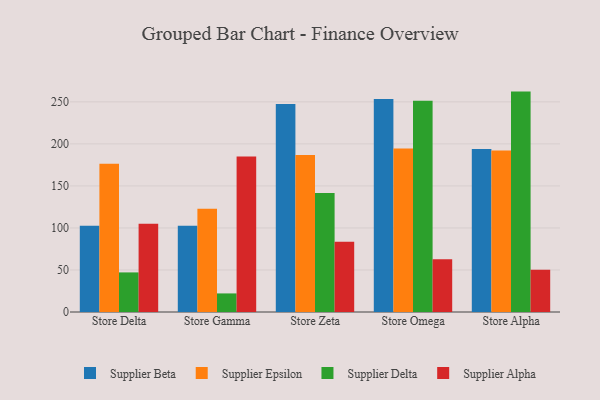
{"axis": {"x": "Store", "y": "Operating Costs (USD K)"}, "legend": ["Supplier Alpha", "Supplier Beta", "Supplier Delta", "Supplier Epsilon"], "data": [{"x": "Store Delta", "y": 102.7, "type": "Supplier Beta"}, {"x": "Store Delta", "y": 176.5, "type": "Supplier Epsilon"}, {"x": "Store Delta", "y": 47.1, "type": "Supplier Delta"}, {"x": "Store Delta", "y": 105.1, "type": "Supplier Alpha"}, {"x": "Store Gamma", "y": 102.5, "type": "Supplier Beta"}, {"x": "Store Gamma", "y": 122.8, "type": "Supplier Epsilon"}, {"x": "Store Gamma", "y": 22.1, "type": "Supplier Delta"}, {"x": "Store Gamma", "y": 185.0, "type": "Supplier Alpha"}, {"x": "Store Zeta", "y": 247.3, "type": "Supplier Beta"}, {"x": "Store Zeta", "y": 186.7, "type": "Supplier Epsilon"}, {"x": "Store Zeta", "y": 141.7, "type": "Supplier Delta"}, {"x": "Store Zeta", "y": 83.7, "type": "Supplier Alpha"}, {"x": "Store Omega", "y": 253.5, "type": "Supplier Beta"}, {"x": "Store Omega", "y": 194.4, "type": "Supplier Epsilon"}, {"x": "Store Omega", "y": 251.2, "type": "Supplier Delta"}, {"x": "Store Omega", "y": 62.9, "type": "Supplier Alpha"}, {"x": "Store Alpha", "y": 194.0, "type": "Supplier Beta"}, {"x": "Store Alpha", "y": 192.0, "type": "Supplier Epsilon"}, {"x": "Store Alpha", "y": 262.2, "type": "Supplier Delta"}, {"x": "Store Alpha", "y": 50.4, "type": "Supplier Alpha"}]}